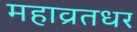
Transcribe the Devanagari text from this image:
महाव्रतधर